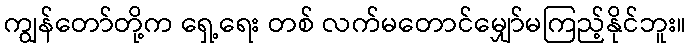
ကျွန်တော်တို့က ရှေ့ရေး တစ် လက်မတောင်မျှော်မကြည့်နိုင်ဘူး။